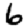
Digit: 6